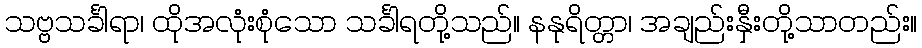
သဗ္ဗသင်္ခါရာ၊ ထိုအလုံးစုံသော သင်္ခါရတို့သည်။ နနုရိတ္တာ၊ အချည်းနှီးတို့သာတည်း။